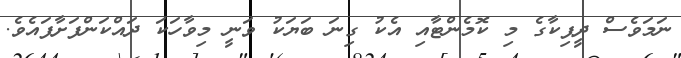
ނަމަވެސް ދީޕިކާގެ މި ކޮމެންޓާއި އެކު ގިނަ ބަޔަކު ވަނީ މިވާހަކަ ދައްކަންފަށާފައެވެ.